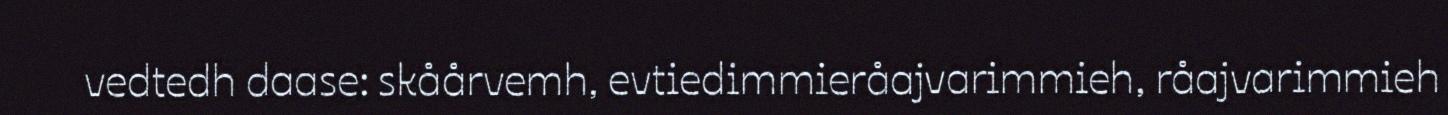
vedtedh daase: skåårvemh, evtiedimmieråajvarimmieh, råajvarimmieh